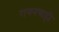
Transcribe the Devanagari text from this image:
रायनचाही